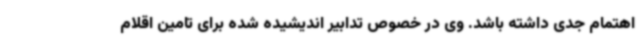
اهتمام جدی داشته باشد. وی در خصوص تدابیر اندیشیده شده برای تامین اقلام